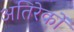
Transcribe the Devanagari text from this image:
अतिरेकों